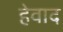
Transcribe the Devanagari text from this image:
हेवाद